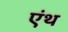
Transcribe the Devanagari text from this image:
एंथ